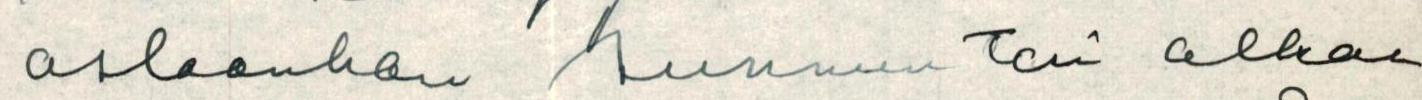
astaanhan Sunnuntai alkaa